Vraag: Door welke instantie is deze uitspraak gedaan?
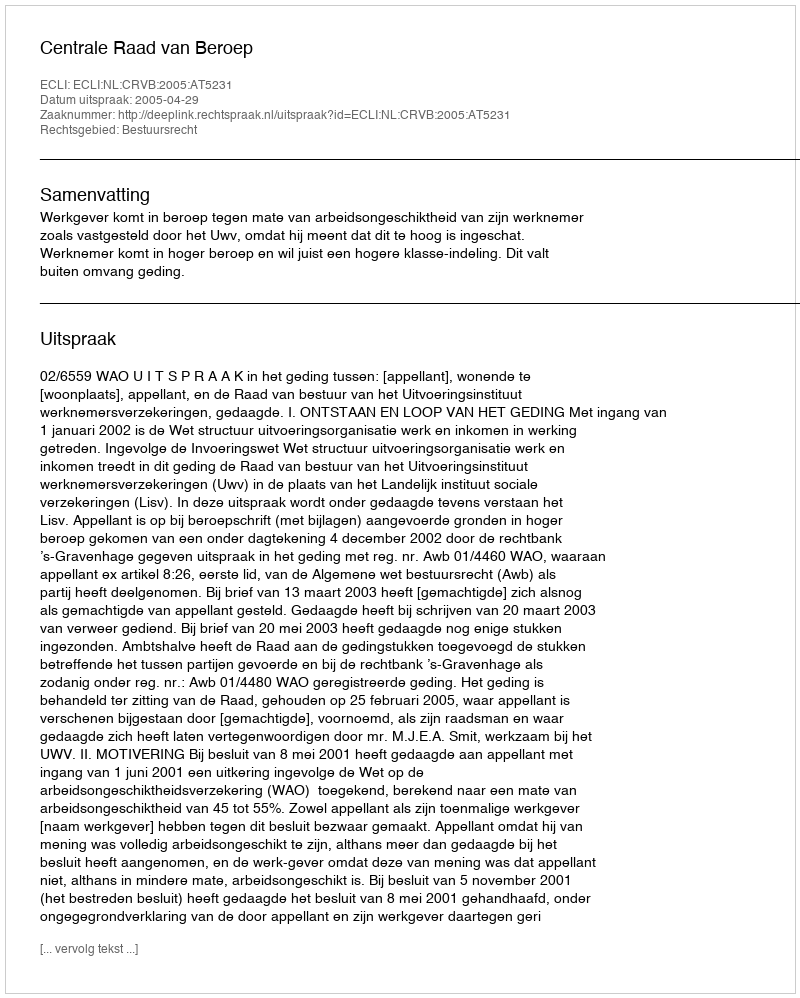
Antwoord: Centrale Raad van Beroep